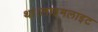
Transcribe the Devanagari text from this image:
था।लाइमलाइट